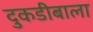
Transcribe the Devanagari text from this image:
दुकडीबाला